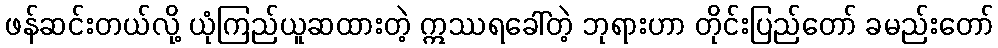
ဖန်ဆင်းတယ်လို့ ယုံကြည်ယူဆထားတဲ့ ဣဿရခေါ်တဲ့ ဘုရားဟာ တိုင်းပြည်တော် ခမည်းတော်